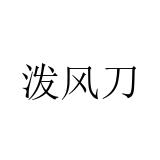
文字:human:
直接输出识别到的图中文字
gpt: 泼风刀